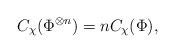
LaTeX: \begin{align*}C_{\chi }(\Phi ^{\otimes n})=nC_{\chi }(\Phi ), \end{align*}